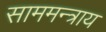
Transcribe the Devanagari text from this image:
साममन्त्राय